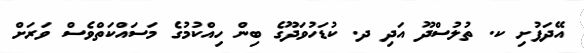
އޭދަފުށި ކ. ތުލުސްދޫ އަދި ދ. ކުޑަހުވަދޫގެ ބިން ހިއްކުމުގެ މަސައްކަތްވެސް ވަރަށް